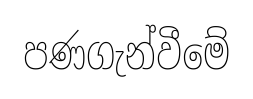
පණගැන්වීමේ